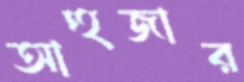
আহুজার